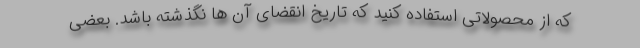
که از محصولاتی استفاده کنید که تاریخ انقضای آن ها نگذشته باشد. بعضی